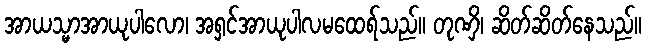
အာယသ္မာအာယုပါလော၊ အရှင်အာယုပါလမထေရ်သည်။ တုဏှိ၊ ဆိတ်ဆိတ်နေသည်။